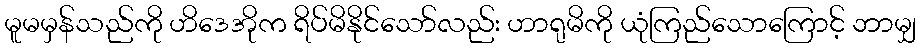
မူမမှန်သည်ကို ဟိဒေအိုက ရိပ်မိနိုင်သော်လည်း ဟာရုမိကို ယုံကြည်သောကြောင့် ဘာမျှ